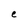
Character: e